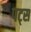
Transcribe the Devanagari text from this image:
पट्स